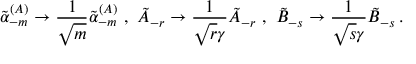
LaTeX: \tilde { \alpha } _ { - m } ^ { ( A ) } \rightarrow \frac { 1 } { \sqrt { m } } \tilde { \alpha } _ { - m } ^ { ( A ) } \, \, , \, \, \tilde { A } _ { - r } \rightarrow \frac { 1 } { \sqrt { r } \gamma } \tilde { A } _ { - r } \, \, , \, \, \tilde { B } _ { - s } \rightarrow \frac { 1 } { \sqrt { s } \gamma } \tilde { B } _ { - s } \, .